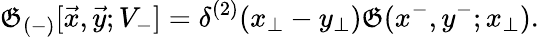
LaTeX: {\cal\mathfrak{G}}_{(-)}[\vec{{x}},\vec{{y}};V_{-}]=\delta^{(2)}(x_{\perp}-y_{\perp}){\cal\mathfrak{G}}(x^{-},y^{-};x_{\perp}).